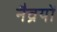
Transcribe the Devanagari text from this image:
नैव्रयों